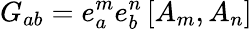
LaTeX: G_{ab}=e_{a}^{m}e_{b}^{n}\left[A_{m},A_{n}\right]